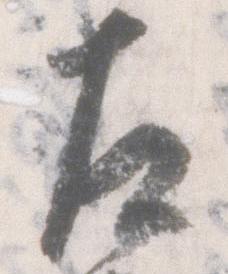
左